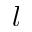
l